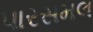
પારસમલ